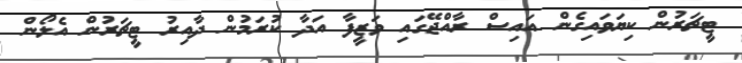
ޓީޗަރުން ކިޔަވައިގެން އައިސް ރާއްޖޭގައި ވަޒީފާ އަދާ ކުރަމުން ދާއިރު ޓީޗަރުން އެލޯން